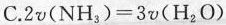
C. $$2 v ( { N H } _ { 3 } ) = 3 v ( { H } _ { 2 } { O } )$$